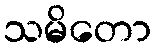
သမိတော